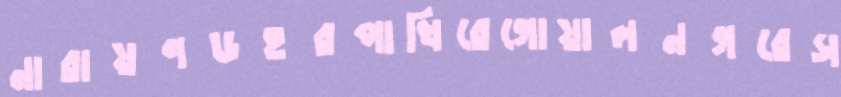
নারায়ণডহরপাখিরেগোয়ালনগরেস